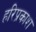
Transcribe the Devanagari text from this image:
हरिप्रकाश